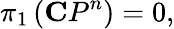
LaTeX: \pi_{1}\left({\mathbf CP}^{n}\right)=0,